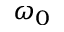
\omega _ { 0 }